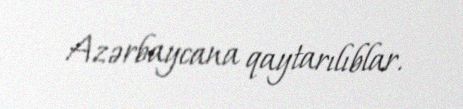
Azərbaycana qaytarılıblar.